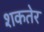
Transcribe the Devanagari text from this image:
शकतेर